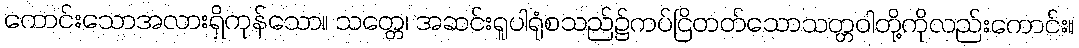
ကောင်းသောအလားရှိကုန်သော။ သတ္တေ၊ အဆင်းရူပါရုံစသည်၌ကပ်ငြိတတ်သောသတ္တဝါတို့ကိုလည်းကောင်း။